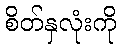
စိတ်နှလုံးကို